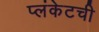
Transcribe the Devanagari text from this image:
प्लंकेटची